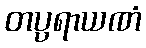
တပ္ပရာယဏံ